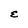
Character: E